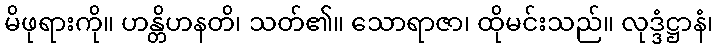
မိဖုရားကို။ ဟန္တိဟနတိ၊ သတ်၏။ သောရာဇာ၊ ထိုမင်းသည်။ လုဒ္ဒံဋ္ဌာနံ၊